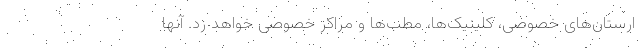
ارستان‌های خصوصی، کلینیک‌ها، مطب‌ها و مراکز خصوصی خواهد زد. آنها